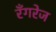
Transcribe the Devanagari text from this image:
रँगरेज